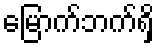
မြောက်ဘက်ရှိ